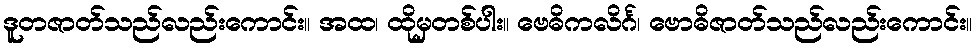
ဒူတဇာတ်သည်လည်းကောင်း။ အထ၊ ထိုမှတစ်ပါး။ ဗေဓိကလိင်္ဂ၊ ဗောဓိဇာတ်သည်လည်းကောင်း။